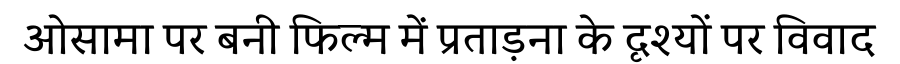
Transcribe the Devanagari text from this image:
ओसामा पर बनी फिल्म में प्रताड़ना के दृश्यों पर विवाद